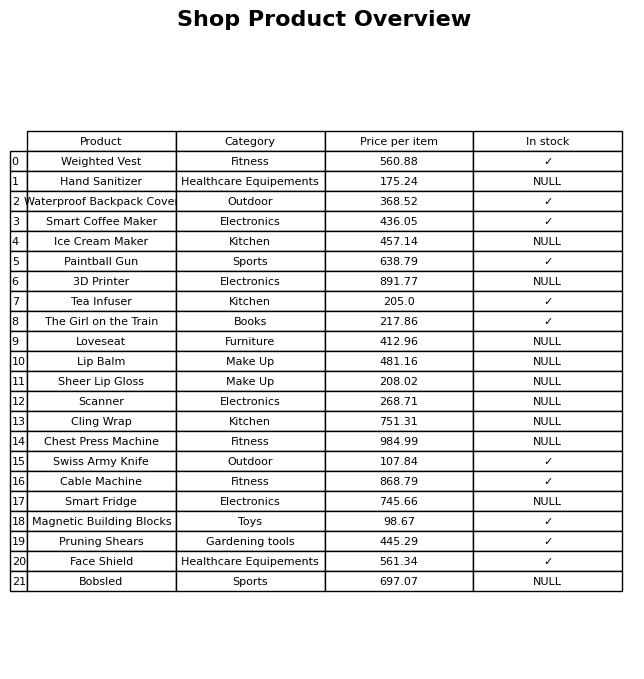
question: What is the price for Pruning Shears?
answer: The price of Pruning Shears is 445.29.